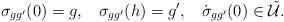
LaTeX: \begin{align*}\sigma_{gg'}(0) = g, \; \; \; \sigma_{gg'}(h) = g', \; \; \; \dot{\sigma}_{gg'}(0) \in \tilde{\mathcal U}.\end{align*}